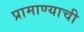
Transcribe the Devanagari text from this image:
प्रामाण्याची